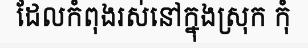
ដែលកំពុងរស់នៅក្នុងស្រុក កុំ